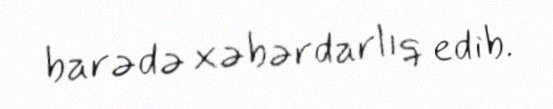
barədə xəbərdarlıq edib.